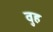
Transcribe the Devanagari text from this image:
वुह